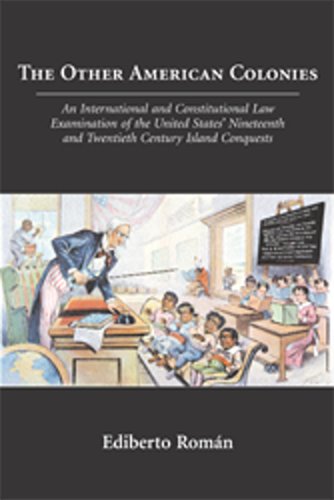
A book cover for The Other American Colo0nies: An International and Constitutional Law Examination of the United States' Nineteenth and Twentieth Century Island Conquests; Ediberto Roman; Law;